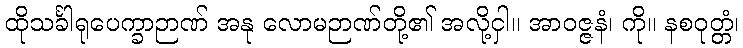
ထိုသင်္ခါရုပေက္ခာဉာဏ် အနု လောမဉာဏ်တို့၏ အလို့ငှါ။ အာဝဇ္ဇနံ၊ ကို။ နစဝုတ္တံ၊